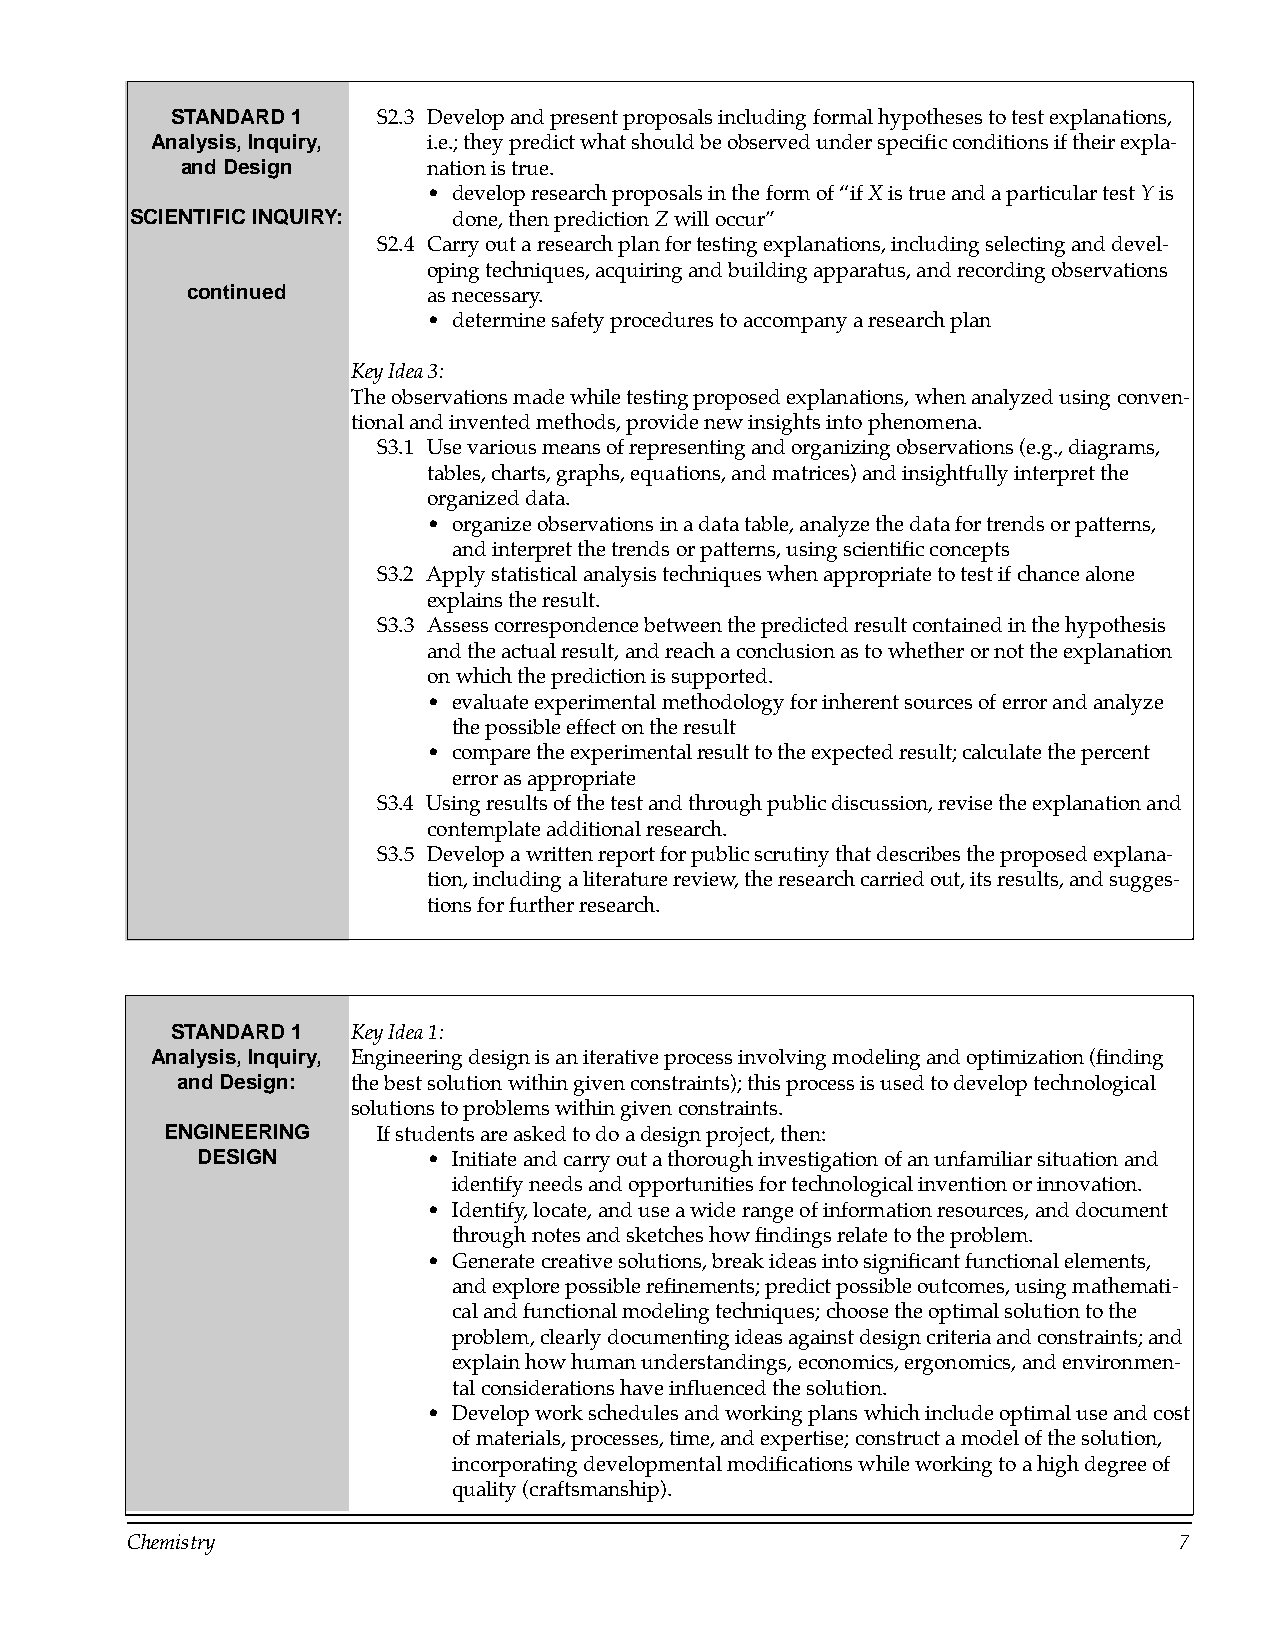
STANDARD 1    S2.3 Develop and present proposals including formal hypotheses to test explanations,
 Analysis, Inquiry, i.e.; they predict what should be observed under specific conditions if their expla­
 and Design      nation is true.
 • develop research proposals in the form of “if X is true and a particular test Y is
 SCIENTIFIC INQUIRY:  done, then prediction Z will occur”
 S2.4 Carry out a research plan for testing explanations, including selecting and devel­
 oping techniques, acquiring and building apparatus, and recording observations
 continued       as necessary.
 • determine safety procedures to accompany a research plan
 Key Idea 3:
 The observations made while testing proposed explanations, when analyzed using conven­
 tional and invented methods, provide new insights into phenomena.
 S3.1 Use various means of representing and organizing observations (e.g., diagrams,
 tables, charts, graphs, equations, and matrices) and insightfully interpret the
 organized data.
 • organize observations in a data table, analyze the data for trends or patterns,
 and interpret the trends or patterns, using scientific concepts
 S3.2 Apply statistical analysis techniques when appropriate to test if chance alone
 explains the result.
 S3.3 Assess correspondence between the predicted result contained in the hypothesis
 and the actual result, and reach a conclusion as to whether or not the explanation
 on which the prediction is supported.
 • evaluate experimental methodology for inherent sources of error and analyze
 the possible effect on the result
 • compare the experimental result to the expected result; calculate the percent
 error as appropriate
 S3.4 Using results of the test and through public discussion, revise the explanation and
 contemplate additional research.
 S3.5 Develop a written report for public scrutiny that describes the proposed explana­
 tion, including a literature review, the research carried out, its results, and sugges­
 tions for further research.
 STANDARD 1  Key Idea 1:
 Analysis, Inquiry, Engineering design is an iterative process involving modeling and optimization (finding
 and Design: the best solution within given constraints); this process is used to develop technological
 solutions to problems within given constraints.
 ENGINEERING   If students are asked to do a design project, then:
 DESIGN         • Initiate and carry out a thorough investigation of an unfamiliar situation and
 identify needs and opportunities for technological invention or innovation.
 • Identify, locate, and use a wide range of information resources, and document
 through notes and sketches how findings relate to the problem.
 • Generate creative solutions, break ideas into significant functional elements,
 and explore possible refinements; predict possible outcomes, using mathemati­
 cal and functional modeling techniques; choose the optimal solution to the
 problem, clearly documenting ideas against design criteria and constraints; and
 explain how human understandings, economics, ergonomics, and environmen­
 tal considerations have influenced the solution.
 • Develop work schedules and working plans which include optimal use and cost
 of materials, processes, time, and expertise; construct a model of the solution,
 incorporating developmental modifications while working to a high degree of
 quality (craftsmanship).
 Chemistry                                                             7